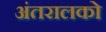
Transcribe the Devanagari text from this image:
अंतरालको